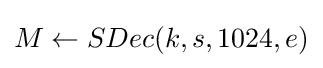
M\leftarrow SDec(k,s,1024,e)